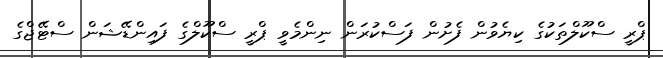
ޕްރީ ސްކޫލްތަކުގެ ކިޔެވުން ފެށުން ފަސްކުރަން ނިންމެވީ ޕްރީ ސްކޫލްގެ ފައިންޑޭޝަން ސްޓޭޖްގެ